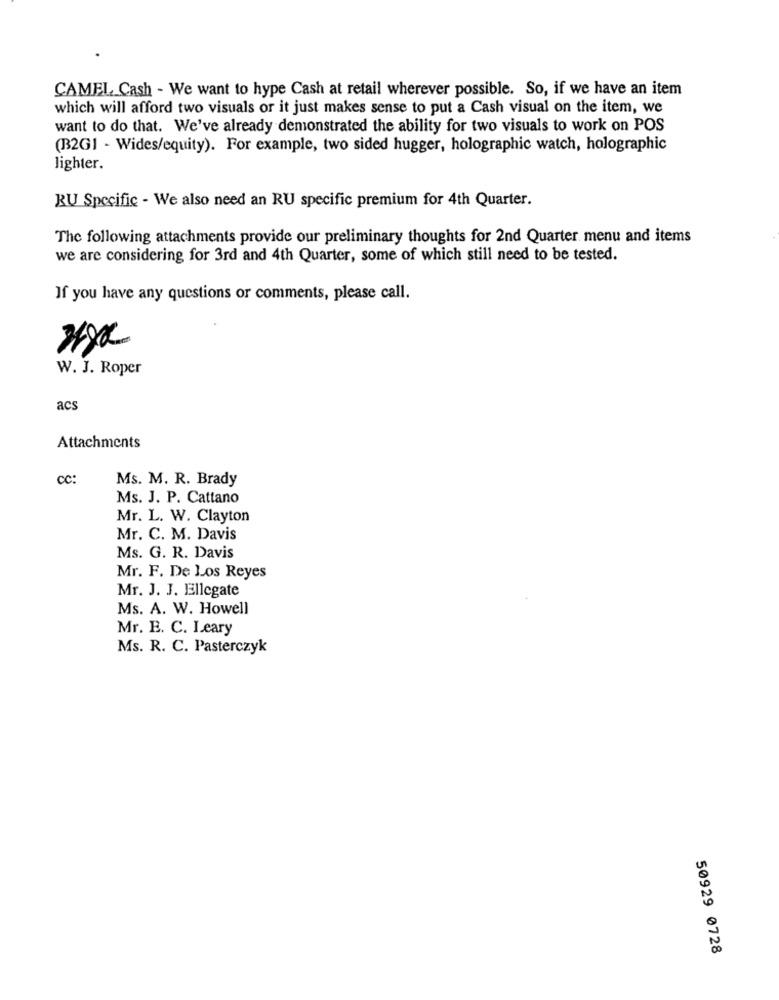
CAMEL Cash - We want to hype Cash at retail wherever possible. So, if we have an item
which will afford two visuals or it just makes sense to put a Cash visual on the item, we
want to do that. We've already demonstrated the ability for two visuals to work on POS
(B2G1 - Wides/equity). For example, two sided hugger, holographic watch, holographic
lighter.
RU Specific - We also need an RU specific premium for 4th Quarter.
The following attachments provide our preliminary thoughts for 2nd Quarter menu and items
we are considering for 3rd and 4th Quarter, some of which still need to be tested.
If you have any questions or comments, please call.
W. J. Roper
acs
Attachments
CC:
Ms. M. R. Brady
Ms. J. P. Cattano
Mr. L. W. Clayton
Mr. C. M. Davis
Ms. G. R. Davis
Mr. F. De Los Reyes
Mr. J. J. Ellegate
Ms. A. W. Howell
Mr. E. C. Leary
Ms. R. C. Pasterczyk
50929 0728